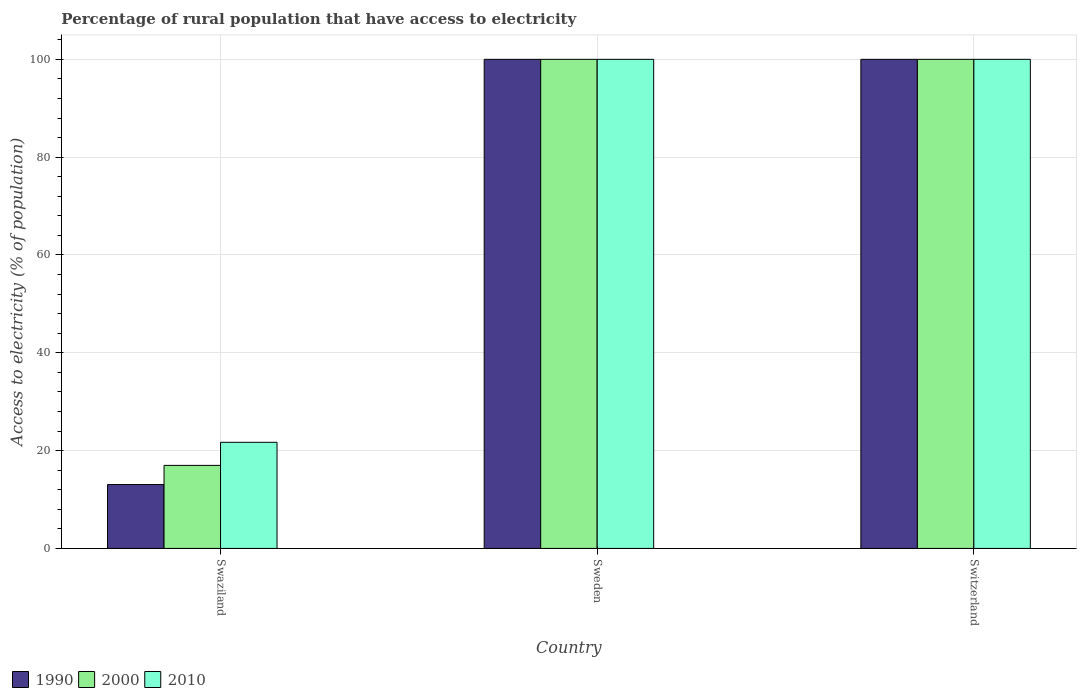
| Country | 1990 | 2000 | 2010 |
 | --- | --- | --- | --- |
 | Swaziland | 13.1 | 17 | 21.7 |
 | Sweden | 100 | 100 | 100 |
 | Switzerland | 100 | 100 | 100 |